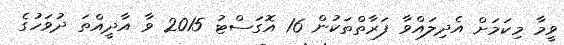
ވީމާ މިކަމަށް އެދިލައްވާ ފަރާތްތަކުން 16 އޮގަސްޓު 2015 ވާ އާދީއްތަ ދުވަހުގެ